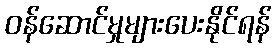
ဝန်ဆောင်မှုများပေးနိုင်ရန်